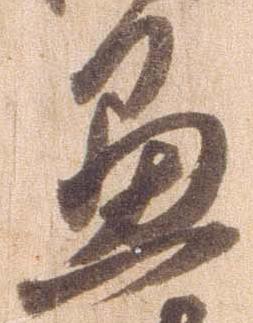
愚